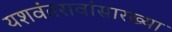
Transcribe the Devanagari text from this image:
यशवंतरावांसारख्या